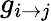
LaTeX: g_{i\rightarrow j}